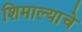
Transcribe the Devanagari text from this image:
शिमाल्याचे